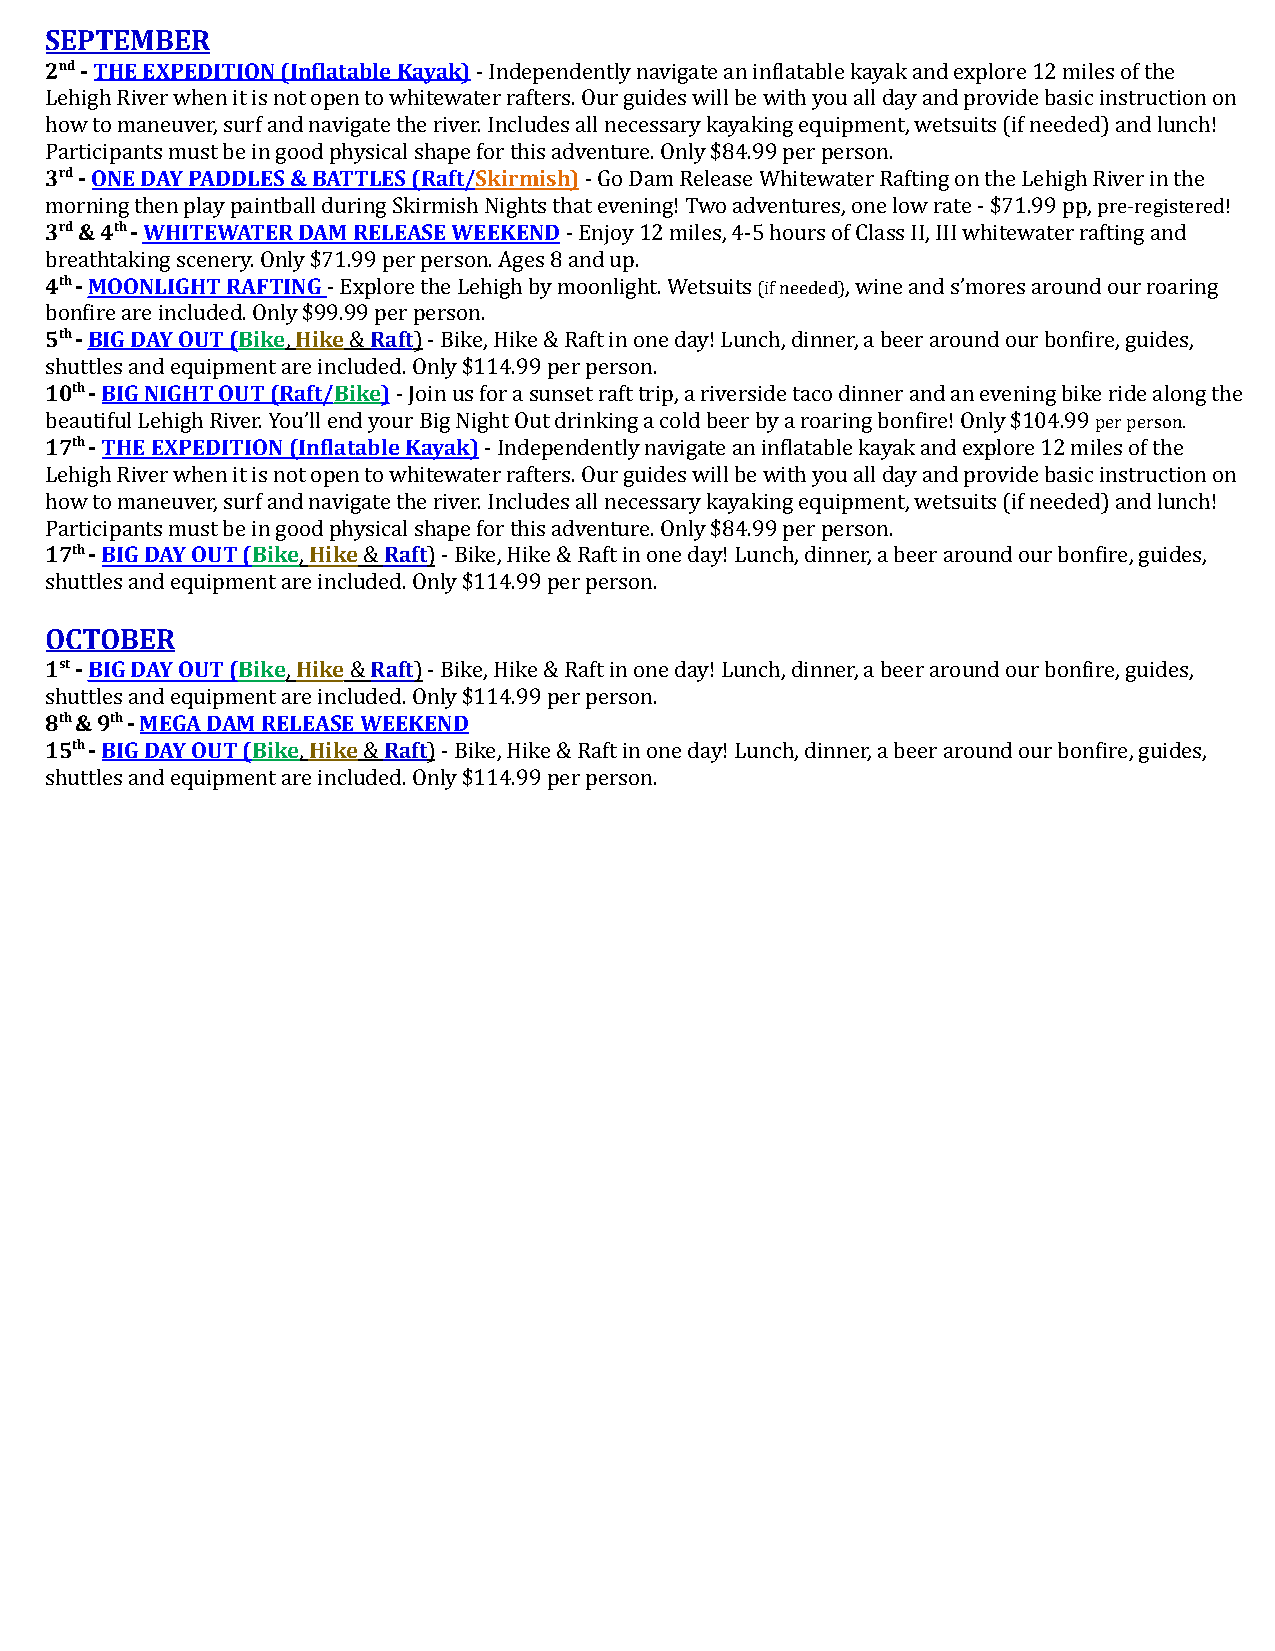
SEPTEMBER
 2nd-THE EXPEDITION (Inflatable Kayak)- Independentlynavigate an inflatable kayak and explore 12 miles of the
 Lehigh River when it is not open to whitewater rafters. Our guides will be with you all day and provide basic instruction on
 how to maneuver, surf and navigate the river. Includes all necessary kayaking equipment, wetsuits (if needed) and lunch!
 Participants must be in good physical shape for this adventure. Only $84.99 per person.
 3rd-ONE DAY PADDLES & BATTLES (Raft/Skirmish)-Go Dam Release Whitewater Rafting on the Lehigh River in the
 morning then play paintball during Skirmish Nights that evening! Two adventures, one low rate - $71.99 pp,pre-registered!
 3rd& 4th-WHITEWATER DAM RELEASE WEEKEND- Enjoy12 miles, 4-5 hours of Class II, III whitewater rafting and
 breathtaking scenery. Only $71.99 per person. Ages 8 and up.
 4th-MOONLIGHT RAFTING- Explore the Lehigh by moonlight.Wetsuits(if needed), wine and s’mores around ourroaring
 bonfire are included. Only $99.99 per person.
 5th-BIG DAY OUT (Bike,Hike&Raft)- Bike, Hike& Raft in one day! Lunch, dinner, a beer around our bonfire, guides,
 shuttles and equipment are included. Only $114.99 per person.
 10th-BIG NIGHT OUT (Raft/Bike)- Join us for a sunsetraft trip, a riverside taco dinner and an evening bike ride along the
 beautiful Lehigh River. You’ll end your Big Night Out drinking a cold beer by a roaring bonfire! Only $104.99per person.
 17th-THE EXPEDITION (Inflatable Kayak)- Independentlynavigate an inflatable kayak and explore 12 miles of the
 Lehigh River when it is not open to whitewater rafters. Our guides will be with you all day and provide basic instruction on
 how to maneuver, surf and navigate the river. Includes all necessary kayaking equipment, wetsuits (if needed) and lunch!
 Participants must be in good physical shape for this adventure. Only $84.99 per person.
 17th-BIG DAY OUT (Bike,Hike&Raft)- Bike, Hike& Raft in one day! Lunch, dinner, a beer around our bonfire, guides,
 shuttles and equipment are included. Only $114.99 per person.
 OCTOBER
 1st-BIG DAY OUT (Bike,Hike&Raft)- Bike, Hike& Raft in one day! Lunch, dinner, a beer around our bonfire, guides,
 shuttles and equipment are included. Only $114.99 per person.
 8th& 9th-MEGA DAM RELEASE WEEKEND
 15th-BIG DAY OUT (Bike,Hike&Raft)- Bike, Hike& Raft in one day! Lunch, dinner, a beer around our bonfire, guides,
 shuttles and equipment are included. Only $114.99 per person.